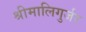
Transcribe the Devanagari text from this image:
श्रीमालिगुर्जर